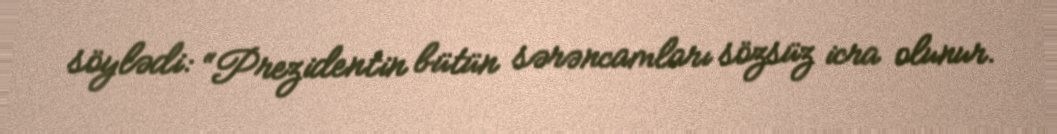
söylədi: “Prezidentin bütün sərəncamları sözsüz icra olunur.